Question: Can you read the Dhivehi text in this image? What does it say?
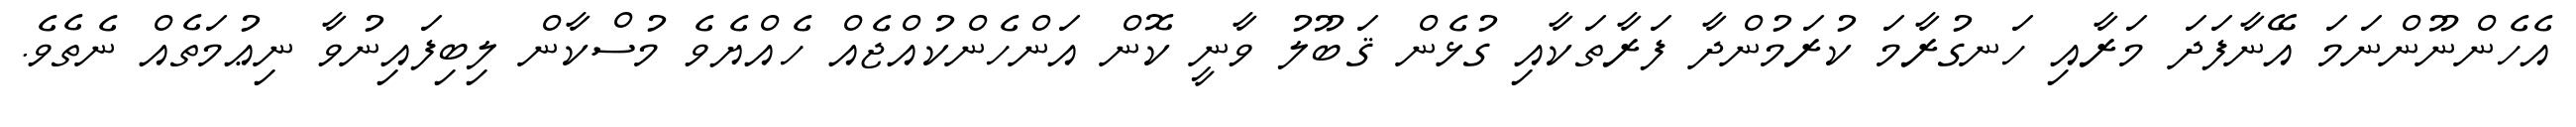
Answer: އެހެންނޫންނަމަ އޭނާފަދަ މަރާއި ހަނގުރާމަ ކުރަމުންދާ ފަރާތަކާއި ގުޅެން ޤަބޫލު ވާނީ ކޮން އަންހެންކުއްޖެއް ހެއްޔެވެ މުސްކާން ލިބިފައިނުވާ ނިޢުމަތެއް ނެތެވެ.